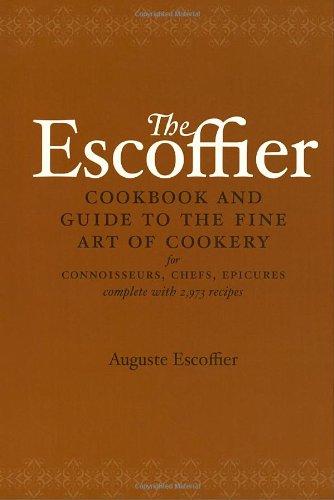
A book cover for The Escoffier Cookbook and Guide to the Fine Art of Cookery: For Connoisseurs, Chefs, Epicures Complete With 2973 Recipes; Auguste Escoffier; Cookbooks, Food & Wine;